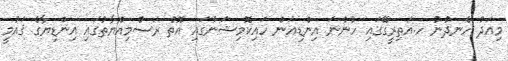
މިއަދު ހެނދުނު ހ.އަތިރީގޭގައި ހުންނަ އިންޑިއަން ހައިކޮމިޝަނުގައި އޮތް ރަސްމިއްޔާތުގައި އިންޑިޔާގެ ޤައުމީ